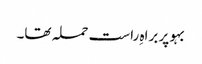
بہو پر براہِ راست حملہ تھا۔